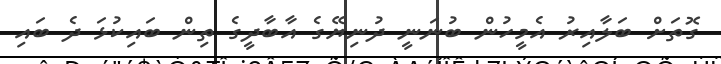
ގޮތަށް ބަލާއިރު އެމީހުން ބުނަނީ ދުނިޔޭގެ އާބާދީގެ ތިން ބައިކުޅަ ދެ ބައި